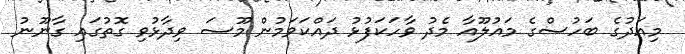
މިއަދުގެ ބަހުސްގެ މައުލޫއާ މެދު ވާހަކަފުޅު ދައްކަވަމުން މޫސަ ވިދާޅުވި ގޮތުގައި ގާނޫނު